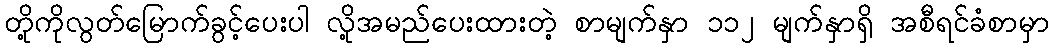
တို့ကိုလွတ်မြောက်ခွင့်ပေးပါ လို့အမည်ပေးထားတဲ့ စာမျက်နှာ ၁၁၂ မျက်နှာရှိ အစီရင်ခံစာမှာ